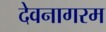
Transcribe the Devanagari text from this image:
देवनागरम